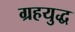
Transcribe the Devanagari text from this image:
ग्रहयुद्ध